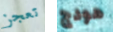
تعجز هودج